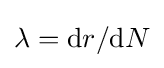
\lambda =\mathrm {d} r/\mathrm {d} N\,\!